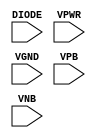
module sky130_fd_sc_ms__diode (
    DIODE,
    VPWR ,
    VGND ,
    VPB  ,
    VNB
);

    // Module ports
    input DIODE;
    input VPWR ;
    input VGND ;
    input VPB  ;
    input VNB  ;
     // No contents.
endmodule